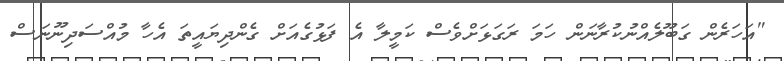
"އަހަރެން ގަބޫލެއްނުކުރާނަން ހަމަ ރަގަޅަށްވެސް ކަމީލާ އެ ފަޅުގެއަށް ގެންދިޔައީތަ އެހާ މުއްސަދިނޫނަސް